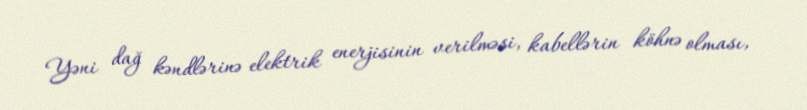
Yəni dağ kəndlərinə elektrik enerjisinin verilməsi, kabellərin köhnə olması,